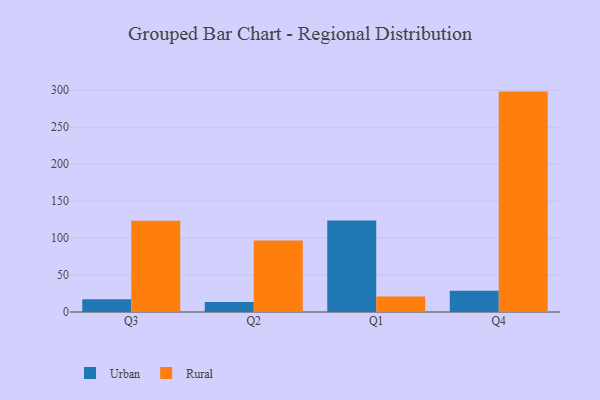
{"axis": {"x": "Quarter", "y": "Market Share (%)"}, "legend": ["Rural", "Urban"], "data": [{"x": "Q3", "y": 17.2, "type": "Urban"}, {"x": "Q3", "y": 123.3, "type": "Rural"}, {"x": "Q2", "y": 13.4, "type": "Urban"}, {"x": "Q2", "y": 96.8, "type": "Rural"}, {"x": "Q1", "y": 123.9, "type": "Urban"}, {"x": "Q1", "y": 21.1, "type": "Rural"}, {"x": "Q4", "y": 28.7, "type": "Urban"}, {"x": "Q4", "y": 298.1, "type": "Rural"}]}